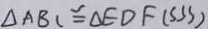
\Delta A B C \cong \Delta E D F ( S S S )